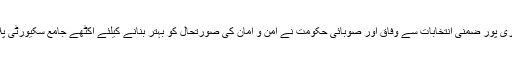
انہوں نے کہا کہ ہری پور ضمنی انتخابات سے وفاق اور صوبائی حکومت نے امن و امان کی صورتحال کو بہتر بنانے کیلئے اکٹھے جامع سکیورٹی پلان مرتب کیا ہے ۔